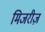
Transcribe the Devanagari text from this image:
मिजरीज़